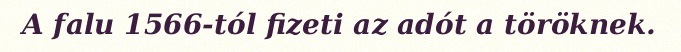
A falu 1566-tól fizeti az adót a töröknek.